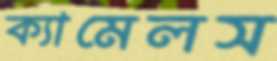
ক্যামেলস